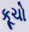
કૂચો